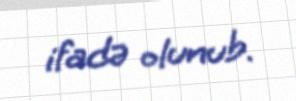
ifadə olunub.